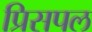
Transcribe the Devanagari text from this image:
प्रिसपल